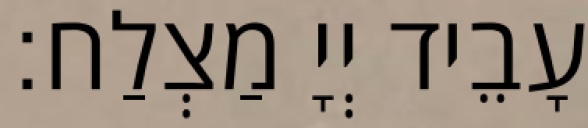
עָבֵיד יְיָ מַצְלַח׃